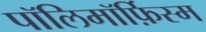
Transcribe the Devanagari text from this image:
पॉलिमॉर्फ़िस्म